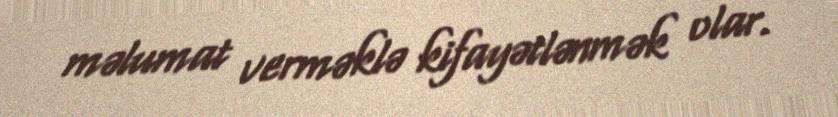
məlumat verməklə kifayətlənmək olar.